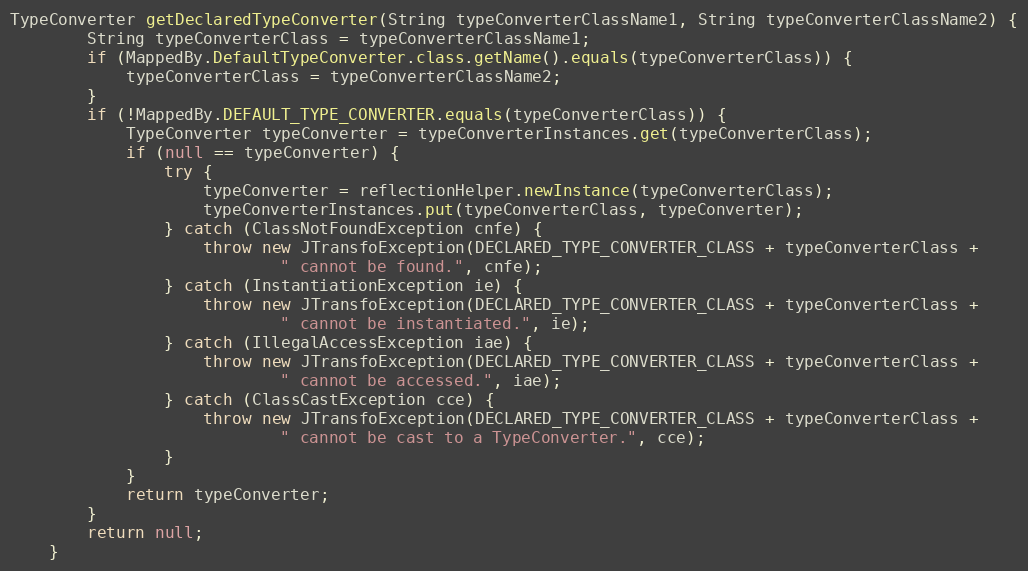
Language: Java
TypeConverter getDeclaredTypeConverter(String typeConverterClassName1, String typeConverterClassName2) {
        String typeConverterClass = typeConverterClassName1;
        if (MappedBy.DefaultTypeConverter.class.getName().equals(typeConverterClass)) {
            typeConverterClass = typeConverterClassName2;
        }
        if (!MappedBy.DEFAULT_TYPE_CONVERTER.equals(typeConverterClass)) {
            TypeConverter typeConverter = typeConverterInstances.get(typeConverterClass);
            if (null == typeConverter) {
                try {
                    typeConverter = reflectionHelper.newInstance(typeConverterClass);
                    typeConverterInstances.put(typeConverterClass, typeConverter);
                } catch (ClassNotFoundException cnfe) {
                    throw new JTransfoException(DECLARED_TYPE_CONVERTER_CLASS + typeConverterClass +
                            " cannot be found.", cnfe);
                } catch (InstantiationException ie) {
                    throw new JTransfoException(DECLARED_TYPE_CONVERTER_CLASS + typeConverterClass +
                            " cannot be instantiated.", ie);
                } catch (IllegalAccessException iae) {
                    throw new JTransfoException(DECLARED_TYPE_CONVERTER_CLASS + typeConverterClass +
                            " cannot be accessed.", iae);
                } catch (ClassCastException cce) {
                    throw new JTransfoException(DECLARED_TYPE_CONVERTER_CLASS + typeConverterClass +
                            " cannot be cast to a TypeConverter.", cce);
                }
            }
            return typeConverter;
        }
        return null;
    }